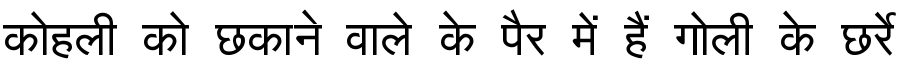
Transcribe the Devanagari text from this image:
कोहली को छकाने वाले के पैर में हैं गोली के छर्रे